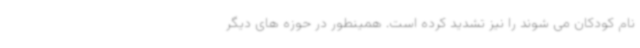
نام کودکان می شوند را نیز تشدید کرده است. همینطور در حوزه های دیگر